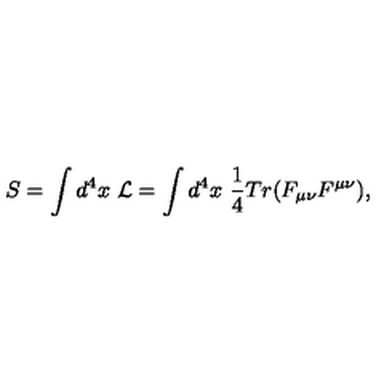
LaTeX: S = \int d ^ { 4 } x \ { \cal L } = \int d ^ { 4 } x \ { \frac { 1 } { 4 } } T r ( F _ { \mu \nu } F ^ { \mu \nu } ) ,